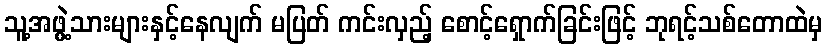
သူ့အဖွဲ့သားများနှင့်နေလျက် မပြတ် ကင်းလှည့် စောင့်ရှောက်ခြင်းဖြင့် ဘုရင့်သစ်တောထဲမှ